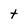
Character: t